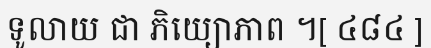
ទូលាយ ជា ភិយ្យោភាព ។[ ៤៨៤ ]